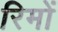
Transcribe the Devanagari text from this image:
रिमों